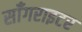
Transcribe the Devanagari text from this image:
साँगराइटर